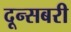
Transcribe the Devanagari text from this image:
दून्सबरी